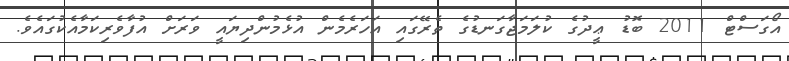
އޯގަސްޓް 2011 ބޮޑު ޢީދުގެ ކުލަމަޖާގަނޑުގެ ތެރޭގައި އަހަރެމެން އުޅެމުންދިޔައީ ވަރަށް އުފާވެރިކަމާއެކުގައެވެ.